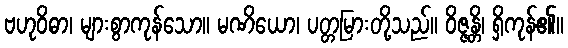
ဗဟုဝိဓာ၊ များစွာကုန်သော။ မဏိယော၊ ပတ္တမြားတို့သည်။ ဝိဇ္ဇန္တိ၊ ရှိကုန်၏။